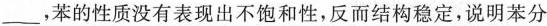
___，苯的性质没有表现出不饱和性，反而结构稳定，说明苯分